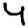
Digit: 4